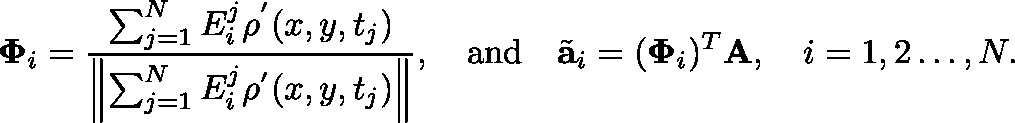
\boldsymbol { \Phi } _ { i } = \frac { \sum _ { j = 1 } ^ { N } E _ { i } ^ { j } \rho ^ { ' } ( x , y , t _ { j } ) } { \left\| \sum _ { j = 1 } ^ { N } E _ { i } ^ { j } \rho ^ { ' } ( x , y , t _ { j } ) \right\| } , \quad \mathrm { a n d } \quad \Tilde { \mathbf { a } } _ { i } = ( \mathbf { \Phi } _ { i } ) ^ { T } \mathbf { A } , \quad i = 1 , 2 \ldots , N .